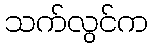
သက်လွင်က